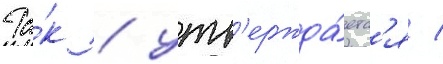
Та́к / утв'ержда́етс'я /